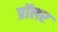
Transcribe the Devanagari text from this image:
प्रॉलर